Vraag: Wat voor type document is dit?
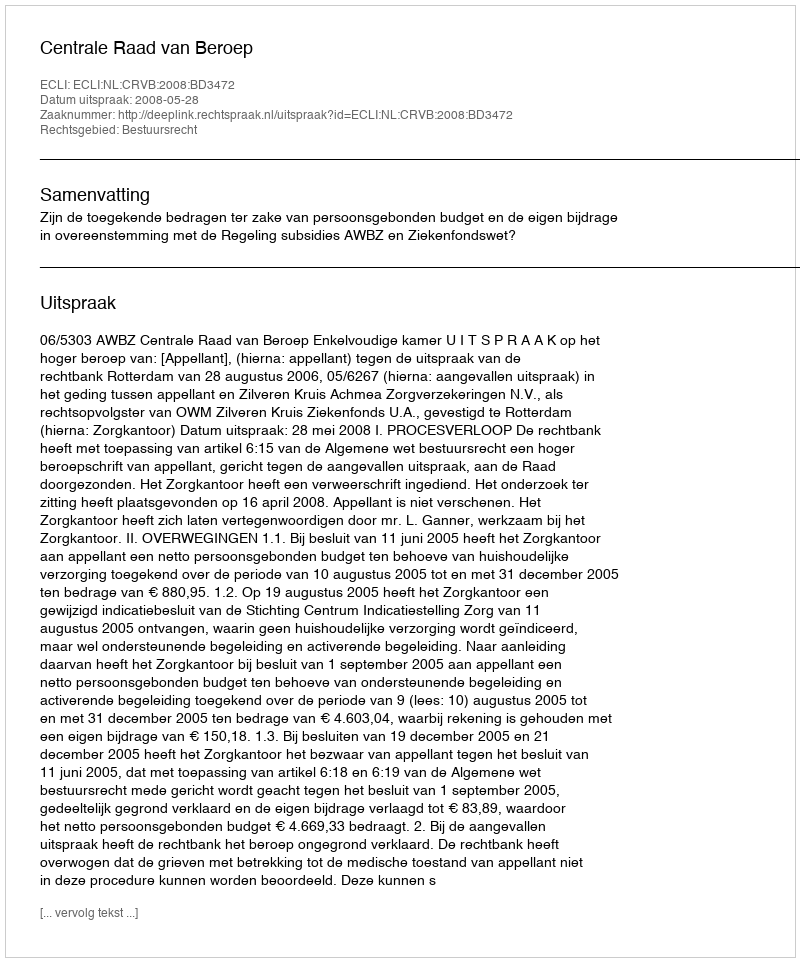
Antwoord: Uitspraak